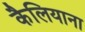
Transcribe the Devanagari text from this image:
कैलियाना